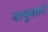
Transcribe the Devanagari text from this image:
वायुवाले